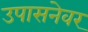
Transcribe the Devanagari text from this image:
उपासनेवर